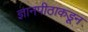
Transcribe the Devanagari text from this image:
ज्ञानपीठाकडून